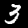
Digit: 3